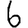
Digit: 6